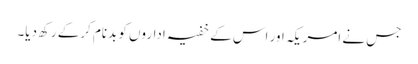
جس نے امریکہ اور اس کے خفیہ اداروں کو بدنام کرکے رکھ دیا۔